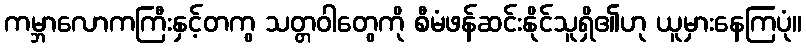
ကမ္ဘာလောကကြီးနှင့်တကွ သတ္တဝါတွေကို စီမံဖန်ဆင်းနိုင်သူရှိ၏ဟု ယူမှားနေကြပုံ။